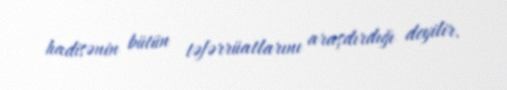
hadisənin bütün təfərrüatlarını araşdırdığı deyilir.